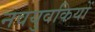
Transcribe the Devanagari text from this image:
नवयुवकियों